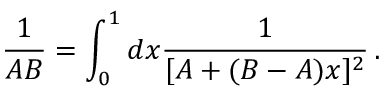
\frac { 1 } { A B } = \int _ { 0 } ^ { 1 } d x \frac { 1 } { [ A + ( B - A ) x ] ^ { 2 } } \, .